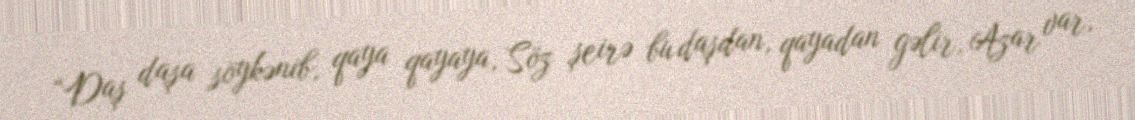
“Daş daşa söykənib, qaya qayaya, Söz şeirə bu daşdan, qayadan gəlir, Azar var,